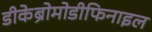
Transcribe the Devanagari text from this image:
डीकेब्रोमोडीफिनाइल